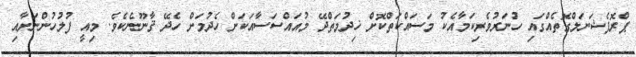
ޕްރޮފެޝަނަލްގޮތެއްގައި ހުނަރުވެރިކަމާއެކު މަސައްކަތްކޮށް ޚިދުމަތްދޭ މުއައްސަސާއަކަށް ހެދުމަށް ހެދޭ ޤާނޫނެކެވެ. މިއީ ފުލުހުންނަށާއި